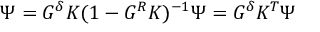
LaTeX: \Psi = G ^ { \delta } K ( 1 - G ^ { R } K ) ^ { - 1 } \Psi = G ^ { \delta } K ^ { T } \Psi